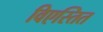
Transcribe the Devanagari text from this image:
विएस्तित